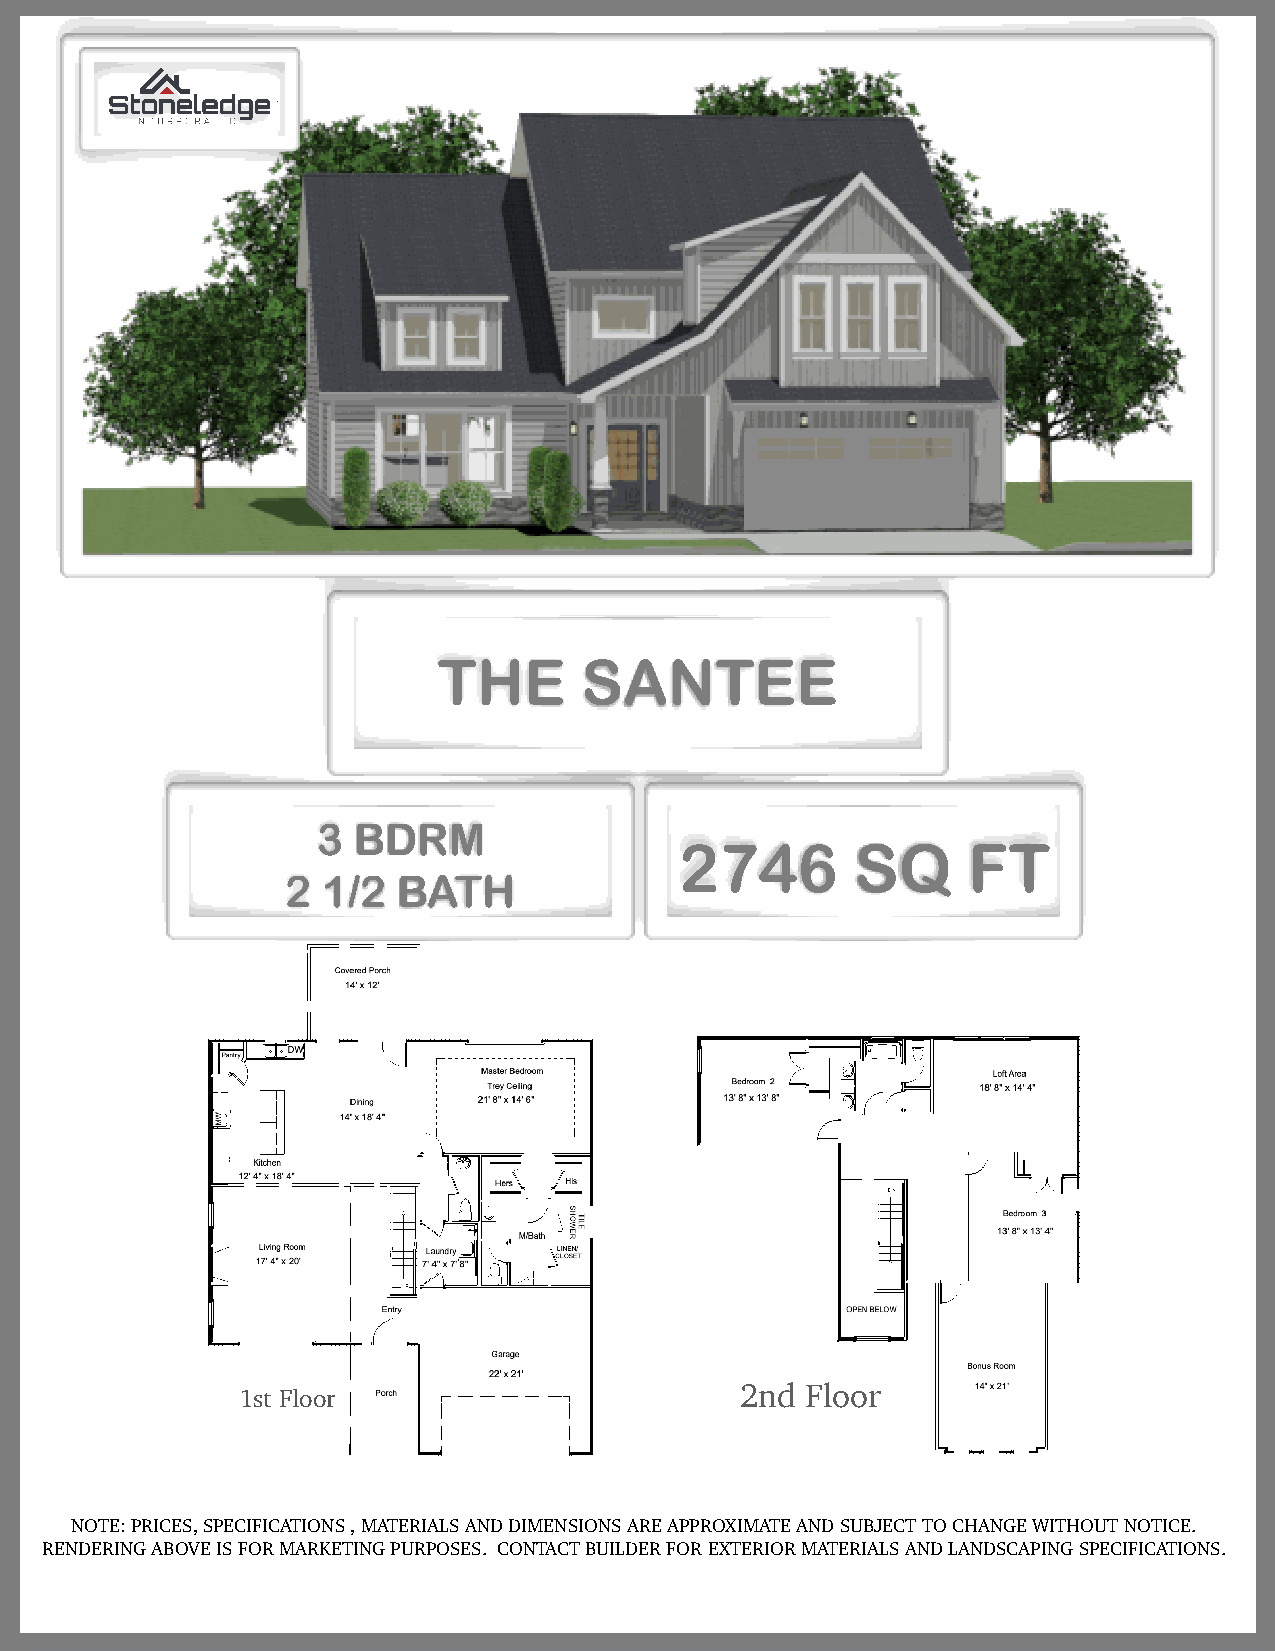
THE      SANTEE
 3 BDRM
 2746        SQ     FT
 2 1/2  BATH
 2nd Floor
 1st Floor
 NOTE: PRICES, SPECIFICATIONS , MATERIALS AND DIMENSIONS ARE APPROXIMATE AND SUBJECT TO CHANGE WITHOUT NOTICE.
 RENDERING ABOVE IS FOR MARKETING PURPOSES. CONTACT BUILDER FOR EXTERIOR MATERIALS AND LANDSCAPING SPECIFICATIONS.